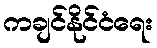
ကချင်နိုင်ငံရေး